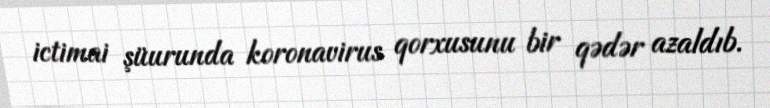
ictimai şüurunda koronavirus qorxusunu bir qədər azaldıb.